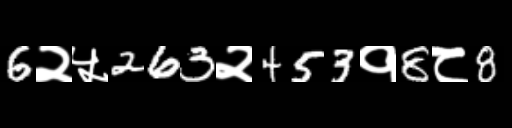
Text: 6२५263२453१8८8